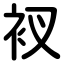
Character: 衩